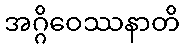
အဂ္ဂိဝေဿနာတိ